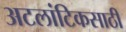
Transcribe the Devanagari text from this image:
अटलांटिकसाठी